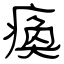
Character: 瘓